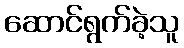
ဆောင်ရွက်ခဲ့သူ